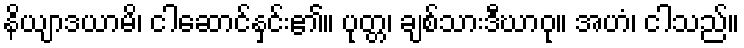
နိယျာဒယာမိ၊ ငါဆောင်နှင်း၏။ ပုတ္တ၊ ချစ်သားဒီဃာဝု။ အဟံ၊ ငါသည်။